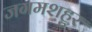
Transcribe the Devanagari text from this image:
जगमशहुर